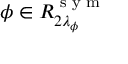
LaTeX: \phi \in R _ { 2 \lambda _ { \phi } } ^ { \textrm { s y m } }